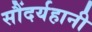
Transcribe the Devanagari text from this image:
सौंदर्यहानी